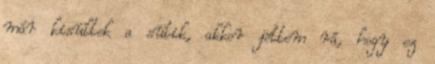
már kisültek a sütik, akkor jöttem rá, hogy ez